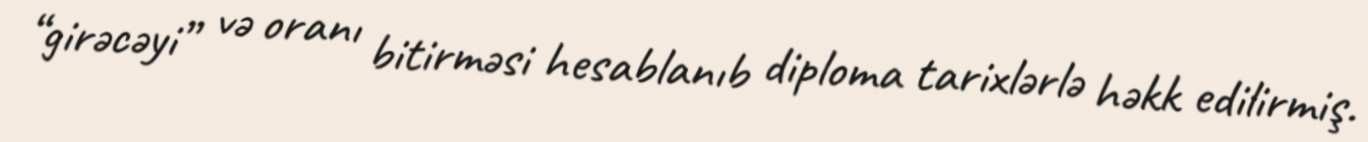
“girəcəyi” və oranı bitirməsi hesablanıb diploma tarixlərlə həkk edilirmiş.